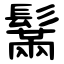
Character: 鬗